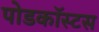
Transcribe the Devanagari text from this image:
पोडकॉस्टस